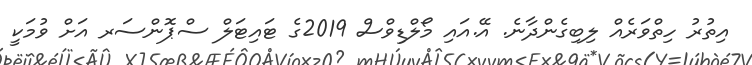
އިތުރު ހިތްވަރެއް ލިބިގެންދާނެ. އޭ.އައި މޯލްޑިވްސް 2019ގެ ޓައިޓަލް ސްޕޮންސަރ އަށް ވުމަކީ